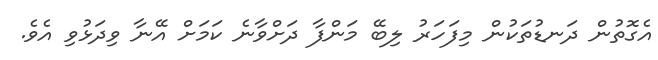
އެގޮތުން ދަނޑުތަކުން މިފަހަރު ލިބޭ މަންފާ ދަށްވާނެ ކަމަށް އޭނާ ވިދަޅުވި އެވެ.